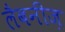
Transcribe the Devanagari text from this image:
लैबनीज़